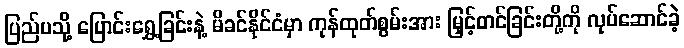
ပြည်ပသို့ ပြောင်းရွှေ့ခြင်းနဲ့ မိခင်နိုင်ငံမှာ ကုန်ထုတ်စွမ်းအား မြှင့်တင်ခြင်းတို့ကို လုပ်ဆောင်ခဲ့